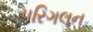
પરિગલન